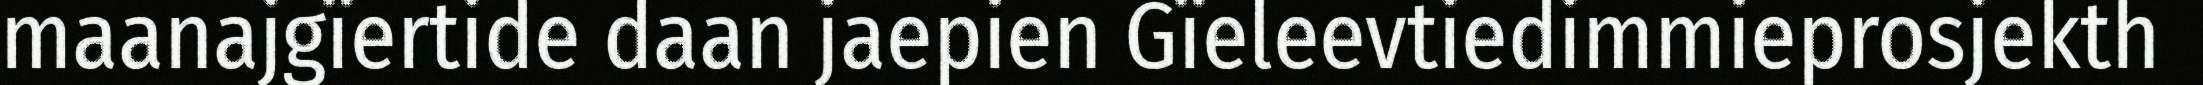
maanajgïertide daan jaepien Gïeleevtiedimmieprosjekth